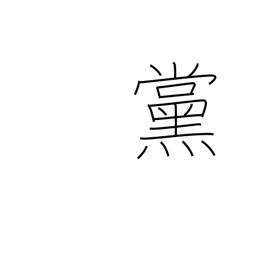
Meaning: faction